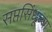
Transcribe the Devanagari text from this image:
सप्तसिंधूच्या